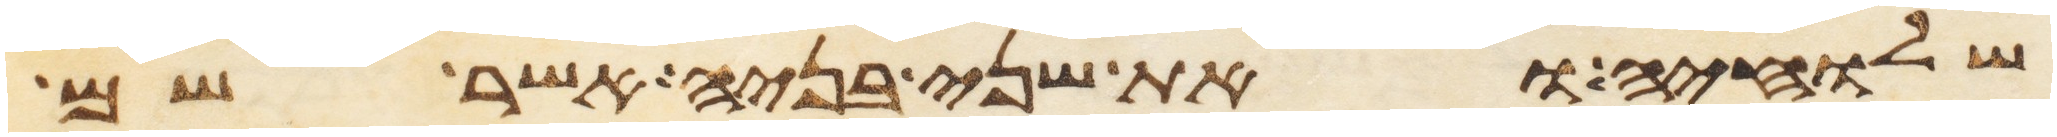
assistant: שלחיה ואת שני בניה אשר שם